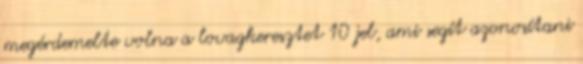
megérdemelte volna a lovagkeresztet 10 jel, ami segít azonosítani